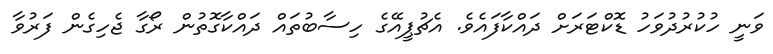
ވަނީ ހުކުރުދުވަހު ޑޮކްޓަރަށް ދައްކާފައެވެ. އެޗުޕީއޭގެ ހިސާބުތައް ދައްކާގޮތުން ރޯގާ ޖެހިގެން ފަރުވާ